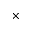
\times